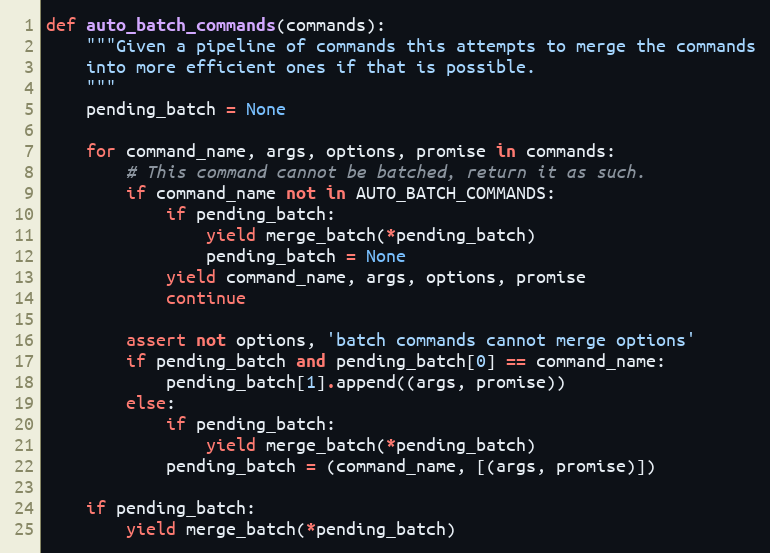
Language: Python
def auto_batch_commands(commands):
    """Given a pipeline of commands this attempts to merge the commands
    into more efficient ones if that is possible.
    """
    pending_batch = None

    for command_name, args, options, promise in commands:
        # This command cannot be batched, return it as such.
        if command_name not in AUTO_BATCH_COMMANDS:
            if pending_batch:
                yield merge_batch(*pending_batch)
                pending_batch = None
            yield command_name, args, options, promise
            continue

        assert not options, 'batch commands cannot merge options'
        if pending_batch and pending_batch[0] == command_name:
            pending_batch[1].append((args, promise))
        else:
            if pending_batch:
                yield merge_batch(*pending_batch)
            pending_batch = (command_name, [(args, promise)])

    if pending_batch:
        yield merge_batch(*pending_batch)